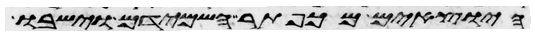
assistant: היוצאים מכפתר השמידם וישבו